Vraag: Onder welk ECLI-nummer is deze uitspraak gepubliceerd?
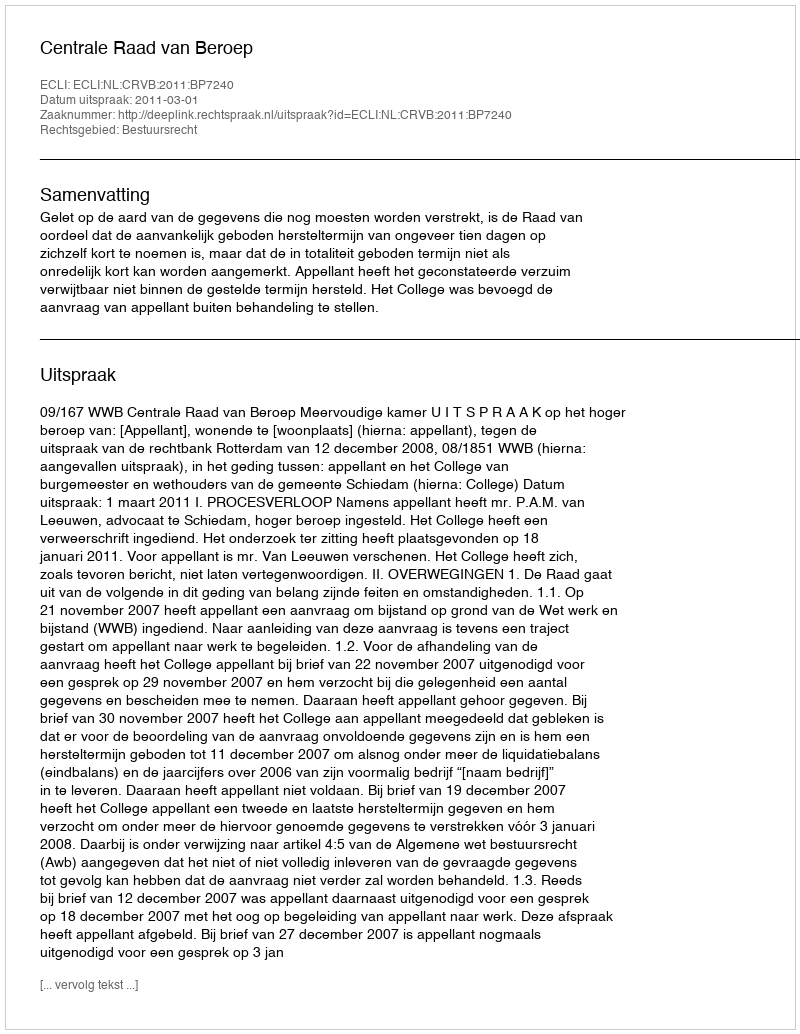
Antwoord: ECLI:NL:CRVB:2011:BP7240